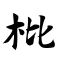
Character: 枇